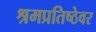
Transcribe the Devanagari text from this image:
श्रमप्रतिष्ठेवर